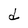
Character: d